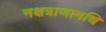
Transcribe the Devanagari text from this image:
नक्षत्राणामधि